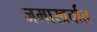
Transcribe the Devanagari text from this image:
जमाखर्चात